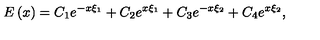
E \left( x \right) = C _ { 1 } e ^ { - x \xi _ { 1 } } + C _ { 2 } e ^ { x \xi _ { 1 } } + C _ { 3 } e ^ { - x \xi _ { 2 } } + C _ { 4 } e ^ { x \xi _ { 2 } } ,